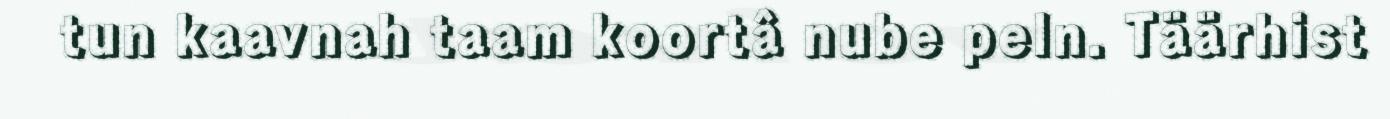
tun kaavnah taam koortâ nube peln. Täärhist